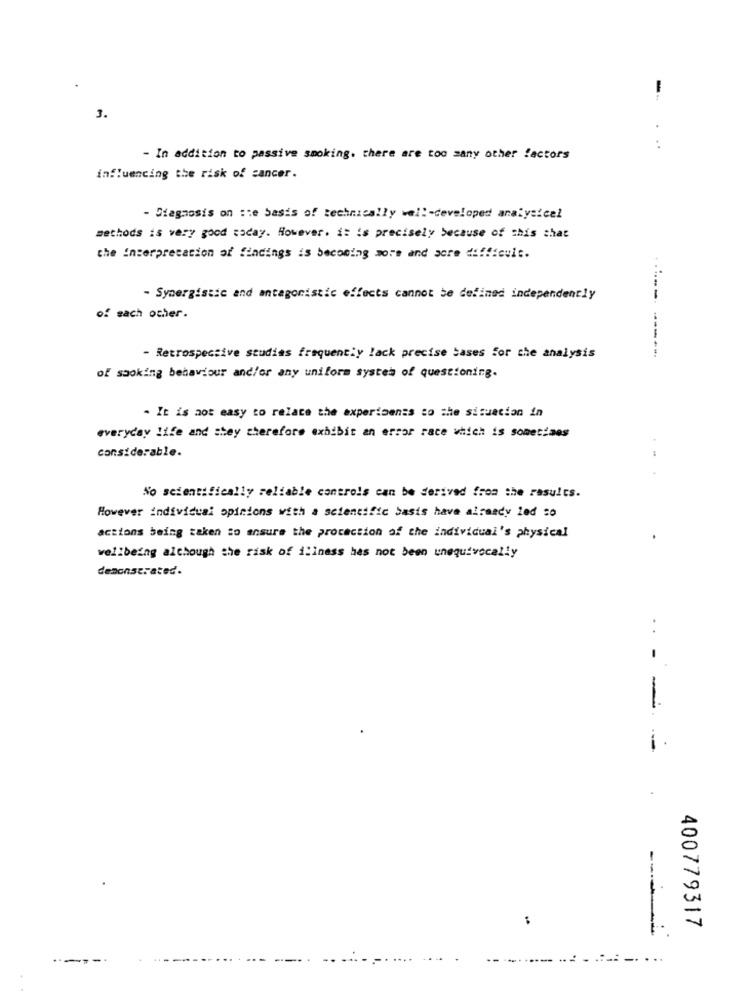
--
3.
. ..
- In addition to passive smoking. there are too many other factors
influencing the risk of cancer.
- Diagnosis on :te basis of technically well-developed analysicel
methods is very good saday. However. it is precisely because of this chat
the interpretation of findings is becoming more and more difficult.
- Synergistic and antagonistic effects cannot be defined independently
------
of each other.
-----.
- Retrospective studies frequently lack precise Sases for the analysis
of sooking behaviour and/or any uniform system of questioning.
. It is not easy to relace the expertoenss to the situation in
everyday life and shey therefore exhibit an error race which is sometimes
considerable.
No scientifically reliable controls can be derived from the results.
However individual opinions with a scientific basis have already led so
actions being taken to ensure the protection of the individual's physical
wellbeing although the risk of illness has not been unequivocally
demonstrated.
......
:
400779317
...